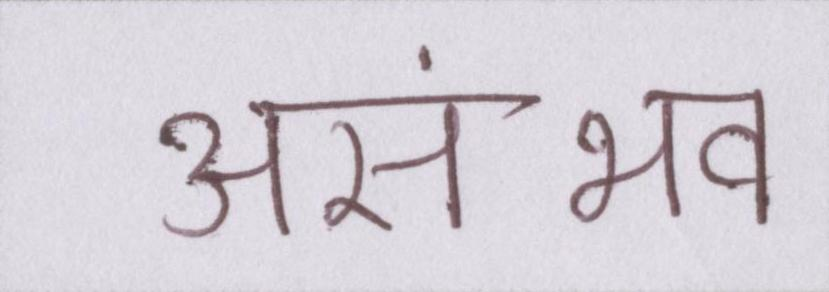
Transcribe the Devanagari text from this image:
असंभव